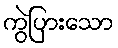
ကွဲပြားသော